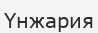
Үнжария